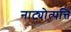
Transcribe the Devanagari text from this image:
नाट्योत्पत्ति